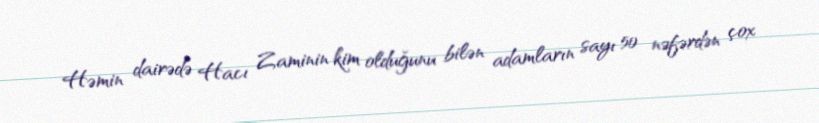
Həmin dairədə Hacı Zaminin kim olduğunu bilən adamların sayı 50 nəfərdən çox